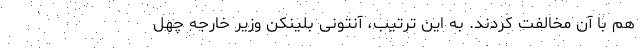
هم با آن مخالفت کردند. به این ترتیب، آنتونی بلینکن وزیر خارجه چهل